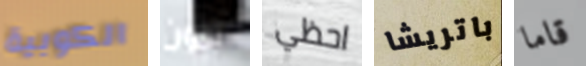
الكوبية تاون احظي باتريشا قاما